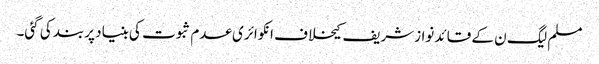
مسلم لیگ ن کے قائد نوازشریف کیخلاف انکوائری عدم ثبوت کی بنیاد پربند کی گئی۔